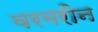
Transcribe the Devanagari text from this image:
वरमरीन